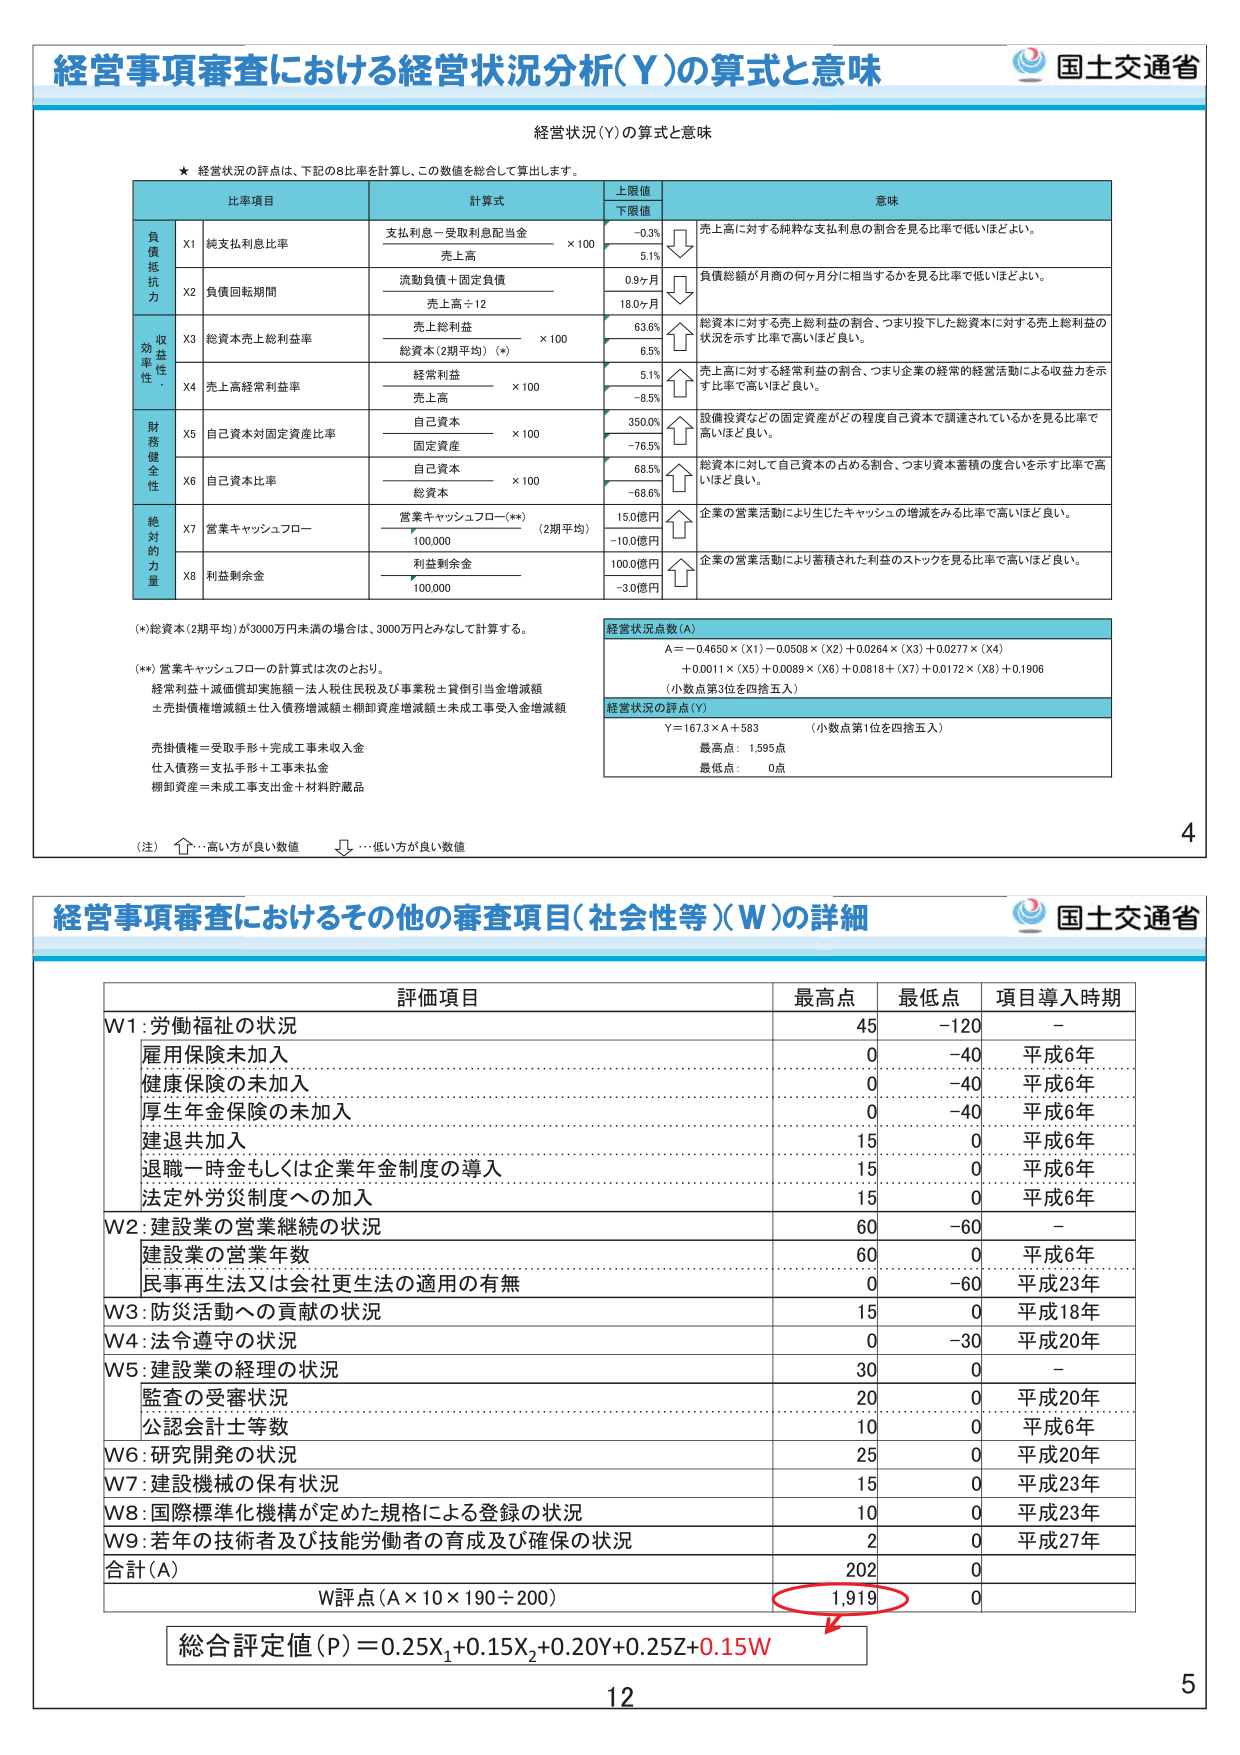
経営事項審査における経営状況分析(Y)の算式と意味
国土交通省
経営状況(Y)の算式と意味
★ 経営状況の評点は、下記の8比率を計算し、この数値を総合して算出します。
比事項目 計算式 上限値 下限値 意味
負債抵抗力 X1 純支払利息比率 支払利息－受取利息配当金 ×100 売上高 -0.3% 5.1% 売上高に対する純粋な支払利息の割合を見る比率で低いほどよい。
X2 負債回転期間 流動負債＋固定負債 売上高÷12 0.9ヶ月 18.0ヶ月 負債総額が月商の何ヶ月分に相当するかを見る比率で低いほどよい。
収益率性・ X3 総資本売上総利益率 売上総利益 総資本(2期平均)（*） ×100 63.6% 6.5% 総資本に対する売上総利益の割合、つまり投下した総資本に対する売上総利益の状況を示す比率で高いほど良い。
X4 売上高経常利益率 経常利益 売上高 ×100 5.1% -8.5% 売上高に対する経常利益の割合、つまり企業の経常的経営活動による収益力を示す比率で高いほど良い。
財務健全性 X5 自己資本対固定資産比率 自己資本 固定資産 ×100 350.0% -76.5% 設備投資などの固定資産がどの程度自己資本で調達されているかを見る比率で高いほど良い。
X6 自己資本比率 自己資本 総資本 ×100 68.5% -68.6% 総資本に対して自己資本の占める割合、つまり資本蓄積の度合いを示す比率で高いほど良い。
絶対的力 X7 営業キャッシュフロー 営業キャッシュフロー(**) 100,000 （2期平均） 15.0億円 -10.0億円 企業の営業活動により生じたキャッシュの増減をみる比率で高いほど良い。
X8 利益剰余金 利益剰余金 100,000 100.0億円 -3.0億円 企業の営業活動により蓄積された利益のストックを見る比率で高いほど良い。
(*)総資本(2期平均)が3000万円未満の場合は、3000万円とみなして計算する。
(**) 営業キャッシュフローの計算式は次のとおり。
経常利益＋減価償却実施額－法人税住民税及び事業税土貸倒引当金増減額
±売掛債権増減額±仕入債務増減額±棚卸資産増減額±未成工事受入金増減額
売掛債権＝受取手形＋完成工事未収入金
仕入債務＝支払手形＋工事未払金
棚卸資産＝未成工事支出金＋材料貯蔵品
経営状況点数(A)
A＝-0.4650×(X1)－0.0508×(X2)＋0.0264×(X3)＋0.0277×(X4)
＋0.0011×(X5)＋0.0089×(X6)＋0.0818×(X7)＋0.0172×(X8)＋0.1906
（小数点第3位を四捨五入）
経営状況の評点(Y)
Y＝167.3×A＋563 （小数点第1位を四捨五入）
最高点： 1,595点
最低点： 0点
（注） ↑…高い方が良い数値 ↓…低い方が良い数値
4
経営事項審査におけるその他の審査項目（社会性等）(W)の詳細
国土交通省
評価項目 最高点 最低点 項目導入時期
W1：労働福祉の状況 45 -120 -
雇用保険未加入 0 -40 平成6年
健康保険の未加入 0 -40 平成6年
厚生年金保険の未加入 0 -40 平成6年
建退共加入 15 0 平成6年
退職一時金もしくは企業年金制度の導入 15 0 平成6年
法定外労災制度への加入 15 0 平成6年
W2：建設業の営業継続の状況 60 -60 -
建設業の営業年数 60 0 平成6年
民事再生法又は会社更生法の適用の有無 0 -60 平成23年
W3：防災活動への貢献の状況 15 0 平成18年
W4：法令遵守の状況 0 -30 平成20年
W5：建設業の経理の状況 30 0 -
監査の受審状況 20 0 平成20年
公認会計士等数 10 0 平成6年
W6：研究開発の状況 25 0 平成20年
W7：建設機械の保有状況 15 0 平成23年
W8：国際標準化機構が定めた規格による登録の状況 10 0 平成23年
W9：若年の技術者及び技能労働者の育成及び確保の状況 2 0 平成27年
合計(A) 202 0
W評点(A×10×190÷200) 1,919 0
総合評定値(P)＝0.25X₁＋0.15X₂＋0.20Y＋0.25Z＋0.15W
12
5